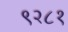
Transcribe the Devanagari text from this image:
९२८१